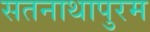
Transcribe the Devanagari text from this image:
सतनाथापुरम